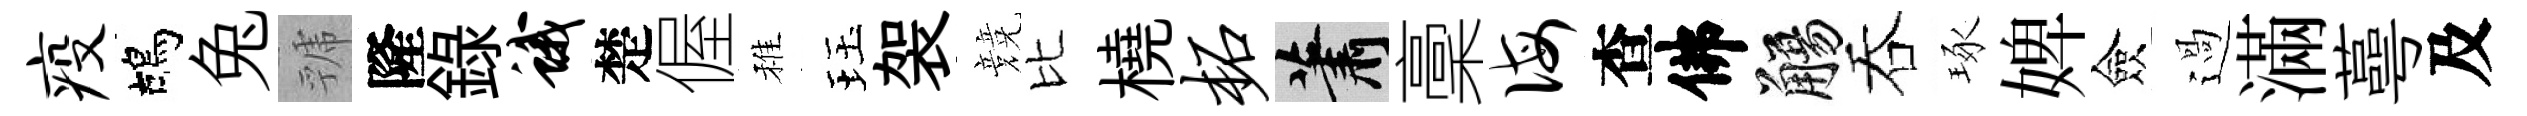
疫鴣兔虢隆錄蛾楚偓稚珏袈競比橈柘蕭稾诲查佛觴吞琢婢僉過滿蕚及